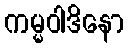
ကမ္မဝါဒိနော